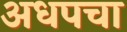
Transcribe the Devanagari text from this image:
अधपचा